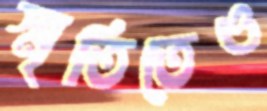
স্মৃতিতেও